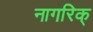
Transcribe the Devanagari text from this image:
नागरिक्